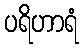
ပရိဟာရံ